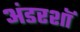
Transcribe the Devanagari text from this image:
अंडरशॉ